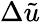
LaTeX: \Delta\tilde{u}